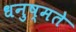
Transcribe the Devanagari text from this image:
धनुष्मते